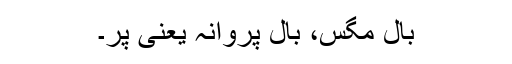
بال مگس، بال پروانہ یعنی پر۔